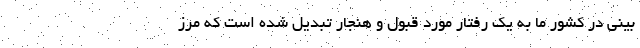
بینی در کشور ما به یک رفتار مورد قبول و هنجار تبدیل شده است که مرز